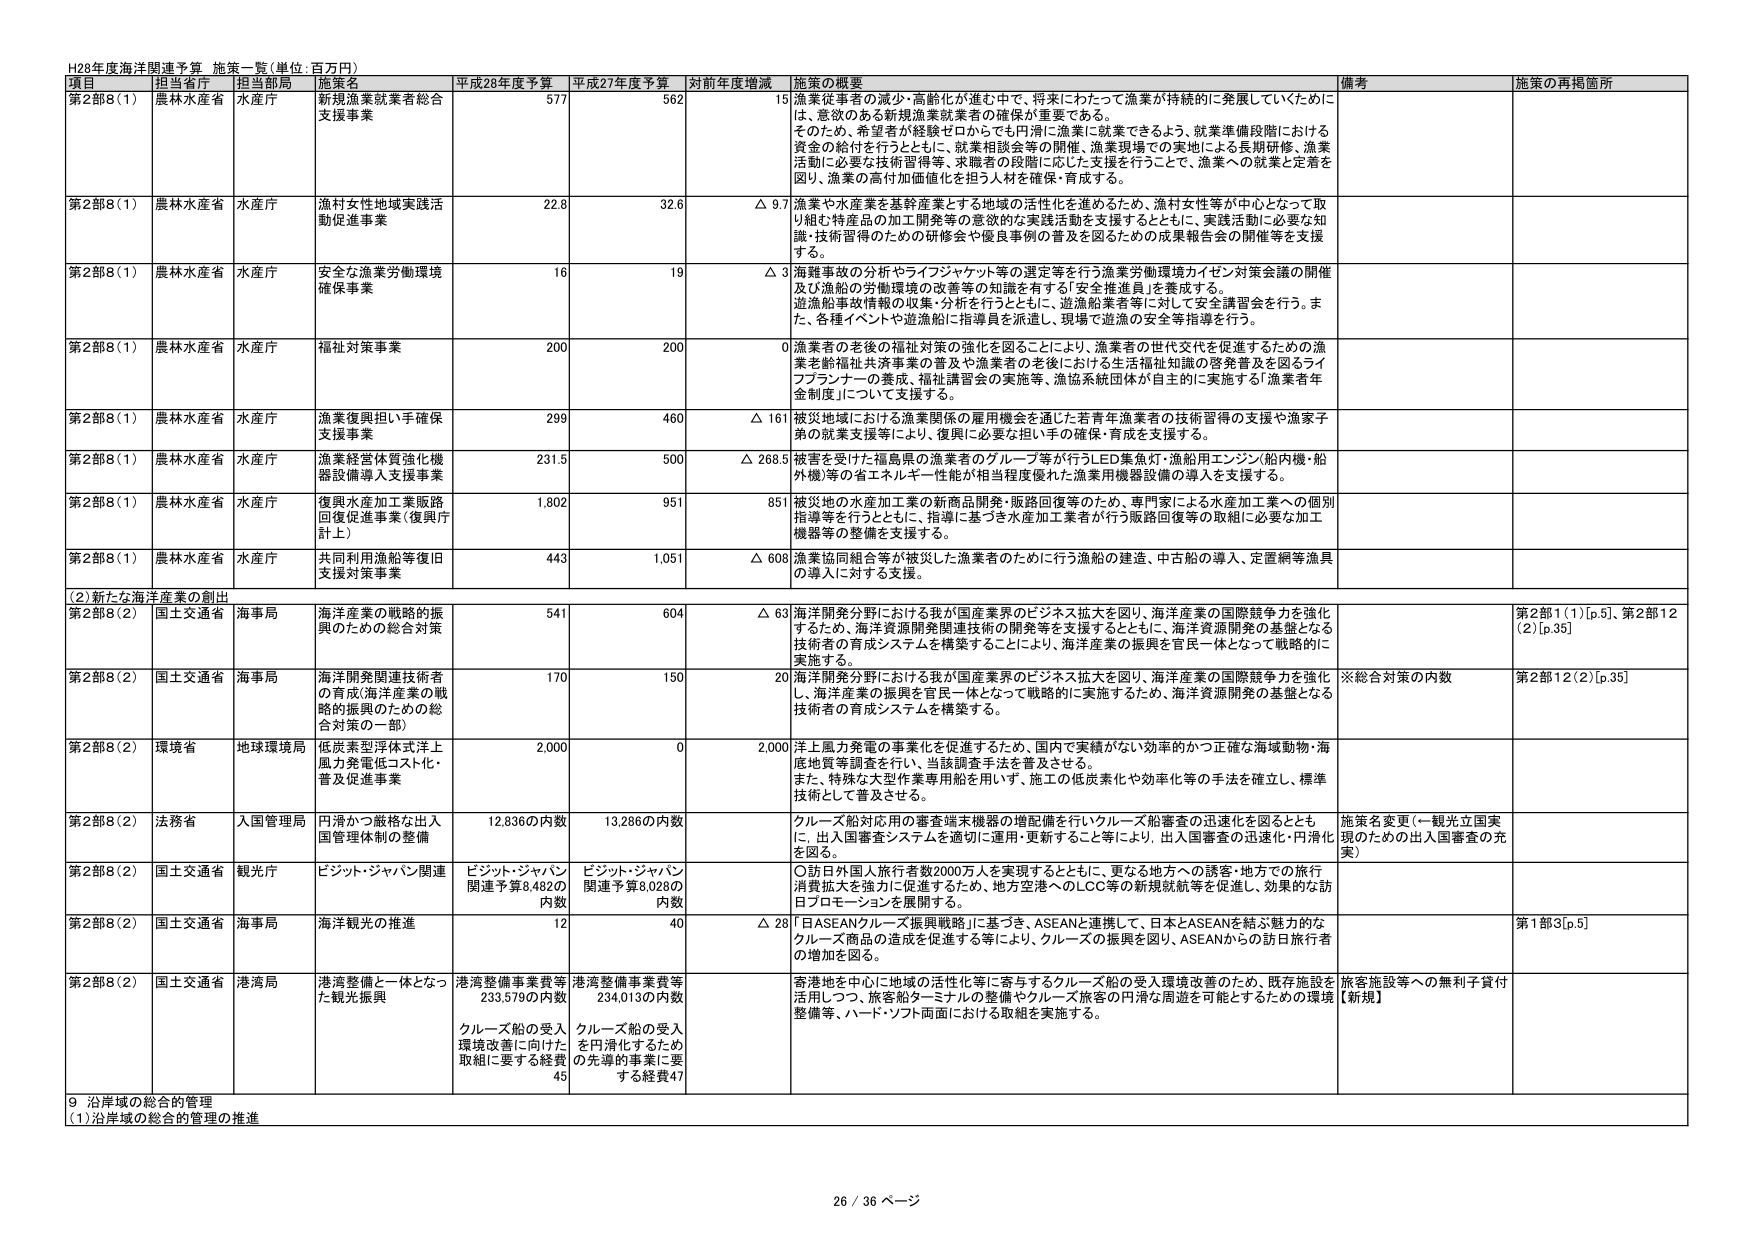
H28年度海洋関連予算 施策一覧(単位:百万円)

項目 担当省庁 担当部局 施策名 平成28年度予算 平成27年度予算 対前年度増減 施策の概要 備考 施策の再掲箇所

第2部8(1) 農林水産省 水産庁 新規漁業就業者総合支援事業 577 562 15 漁業従事者の減少・高齢化が進む中で、将来にわたって漁業が持続的に発展していくために、意欲のある新規漁業就業者の確保が重要である。そのため、希望者を経験ゼロからでも円滑に漁業に就業できるよう、就業準備段階における資金の給付を行うとともに、就業相談会等の開催、漁業現場での実地による長期研修、漁業活動に必要な技術習得等、求職者の段階に応じた支援を行うことで、漁業への就業と定着を図り、漁業の高い付加価値化を担う人材を確保・育成する。

第2部8(1) 農林水産省 水産庁 漁村女性地域実践活動促進事業 22.8 32.6 △ 9.7 漁業や水産業を基幹産業とする地域の活性化を進めるため、漁村女性等が中心となって取り組む特産品の加工開発等の意欲的な実践活動を支援するとともに、実践活動に必要な知識・技術習得のための研修会や優良事例の普及を図るための成果報告会の開催等を支援する。

第2部8(1) 農林水産省 水産庁 安全な漁業労働環境確保事業 16 19 △ 3 海難事故の分析やライフジャケット等の選定等を行う漁業労働環境カイゼン対策会議の開催及び漁船の労働環境の改善等の知識を有する「安全推進員」を養成する。遊漁船事故情報の収集・分析を行うとともに、遊漁船業者等に対して安全講習会を行う。また、各種イベントや遊漁船に指導員を派遣し、現場で遊漁の安全等指導を行う。

第2部8(1) 農林水産省 水産庁 福祉対策事業 200 200 0 漁業者の老後の福祉対策の強化を図ることにより、漁業者の世代交代を促進するための漁業老齢福祉共済事業の普及や漁業者の老後における生活福祉知識の啓発普及を図るライフプランナーの養成、福祉講習会の実施等、漁協系統団体が自主的に実施する「漁業者年金制度」について支援する。

第2部8(1) 農林水産省 水産庁 漁業復興担い手確保支援事業 299 460 △ 161 被災地域における漁業関係の雇用機会を通じた若青年漁業者の技術習得の支援や漁家子弟の就業支援等により、復興に必要な担い手の確保・育成を支援する。

第2部8(1) 農林水産省 水産庁 漁業経営体質強化機器整備導入支援事業 231.5 500 △ 268.5 被害を受けた福島県の漁業者のグループ等が行うLED集魚灯・漁船用エンジン(船内機・船外機)等の省エネルギー性能が相当程度優れた漁業用機器設備の導入を支援する。

第2部8(1) 農林水産省 水産庁 復興水産加工業販路回復促進事業(復興庁計上) 1,802 951 851 被災地の水産加工業の新商品開発・販路回復等のため、専門家による水産加工業への個別指導等を行うとともに、指導に基づき水産加工業者が行う販路回復等の取組に必要な加工機器等の整備を支援する。

第2部8(1) 農林水産省 水産庁 共同利用漁船等復旧支援対策事業 443 1,051 △ 608 漁業協同組合等が被災した漁業者のために行う漁船の建造、中古船の導入、定置網等漁具の導入に対する支援。

(2)新たな海洋産業の創出

第2部8(2) 国土交通省 海事局 海洋産業の戦略的振興のための総合対策 541 604 △ 63 海洋開発分野における我が国産業界のビジネス拡大を図り、海洋産業の国際競争力を強化するため、海洋資源開発関連技術の開発等を支援するとともに、海洋資源開発の基盤となる技術者の育成システムを構築することにより、海洋産業の振興を官民一体となって戦略的に実施する。 第2部1(1)[p.5]、第2部12(2)[p.35]

第2部8(2) 国土交通省 海事局 海洋開発関連技術者の育成(海洋産業の戦略的振興のための総合対策の一部) 170 150 20 海洋開発分野における我が国産業界のビジネス拡大を図り、海洋産業の国際競争力を強化し、海洋産業の振興を官民一体となって戦略的に実施するため、海洋資源開発の基盤となる技術者の育成システムを構築する。 ※総合対策の内数 第2部12(2)[p.35]

第2部8(2) 環境省 地球環境局 低炭素型洋体式洋上風力発電低コスト化・普及促進事業 2,000 0 2,000 洋上風力発電の事業化を促進するため、国内で実績がない効率的かつ正確な海域動物・海底地質等調査を行い、当該調査手法を普及させる。また、特殊な大型作業専用船を用い、施工の低炭素化や効率化等の手法を確立し、標準技術として普及させる。

第2部8(2) 法務省 入国管理局 円滑かつ厳格な出入国管理体制の整備 12,836の内数 13,286の内数 クルーズ船対応用の審査端末機器の増配備を行いクルーズ船審査の迅速化を図るとともに、出入国審査システムを適切に運用・更新すること等により、出入国審査の迅速化・円滑化を図る。 施策名変更(→観光立国実現のための出入国審査の充実)

第2部8(2) 国土交通省 観光庁 ビジット・ジャパン関連 ビジット・ジャパン関連予算8,482の内数 ビジット・ジャパン関連予算8,028の内数 ○訪日外国人旅行者数2000万人を実現するとともに、更なる地方への誘客・地方での旅行消費拡大を強力に促進するため、地方空港へのLCC等の新規就航等を促進し、効果的な訪日プロモーションを展開する。

第2部8(2) 国土交通省 海事局 海洋観光の推進 12 40 △ 28 「日ASEANクルーズ振興戦略」に基づき、ASEANと連携して、日本とASEANを結ぶ魅力的なクルーズ商品の造成を促進する等により、クルーズの振興を図り、ASEANからの訪日旅行者の増加を図る。 第1部3[p.5]

第2部8(2) 国土交通省 港湾局 港湾整備と一体となった観光振興 港湾整備事業費等233,579の内数 クルーズ船の受入環境改善に向けた取組に要する経費45 港湾整備事業費等234,013の内数 クルーズ船の受入を円滑化するための先導的事業に要する経費47 寄港地を中心に地域の活性化等に寄与するクルーズ船の受入環境改善のため、既存施設を活用しつつ、旅客船ターミナルの整備やクルーズ旅客の円滑な周遊を可能とするための環境整備等、ハード・ソフト両面における取組を実施する。 旅客施設等への無利子貸付【新規】

9 沿岸域の総合的管理
(1)沿岸域の総合的管理の推進

26 / 36 ページ